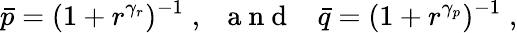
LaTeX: \bar{p}=(1+r^{\gamma_{r}})^{-1}\; ,\; \; {\mathrm{~a~n~d~}}\; \; \; \bar{q}=(1+r^{\gamma_{p}})^{-1}\; ,